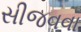
સીજવવા